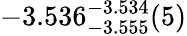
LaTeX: -3.536_{-3.555}^{-3.534}(5)